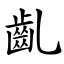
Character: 齓